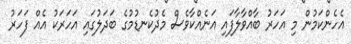
އެހެންކަމުން މި އަހަރު ބާއްވާލާފައި އަނެއްކާވެސް މެދުކެނޑުމުގެ ބަދަލުގައި އަހަރަކު އެއް ފަހަރު